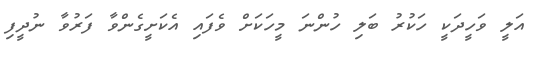
އަލީ ވަހީދަކީ ހަކުރު ބަލި ހުންނަ މީހަކަށް ވެފައި އެކަށީގެންވާ ފަރުވާ ނުދީފި